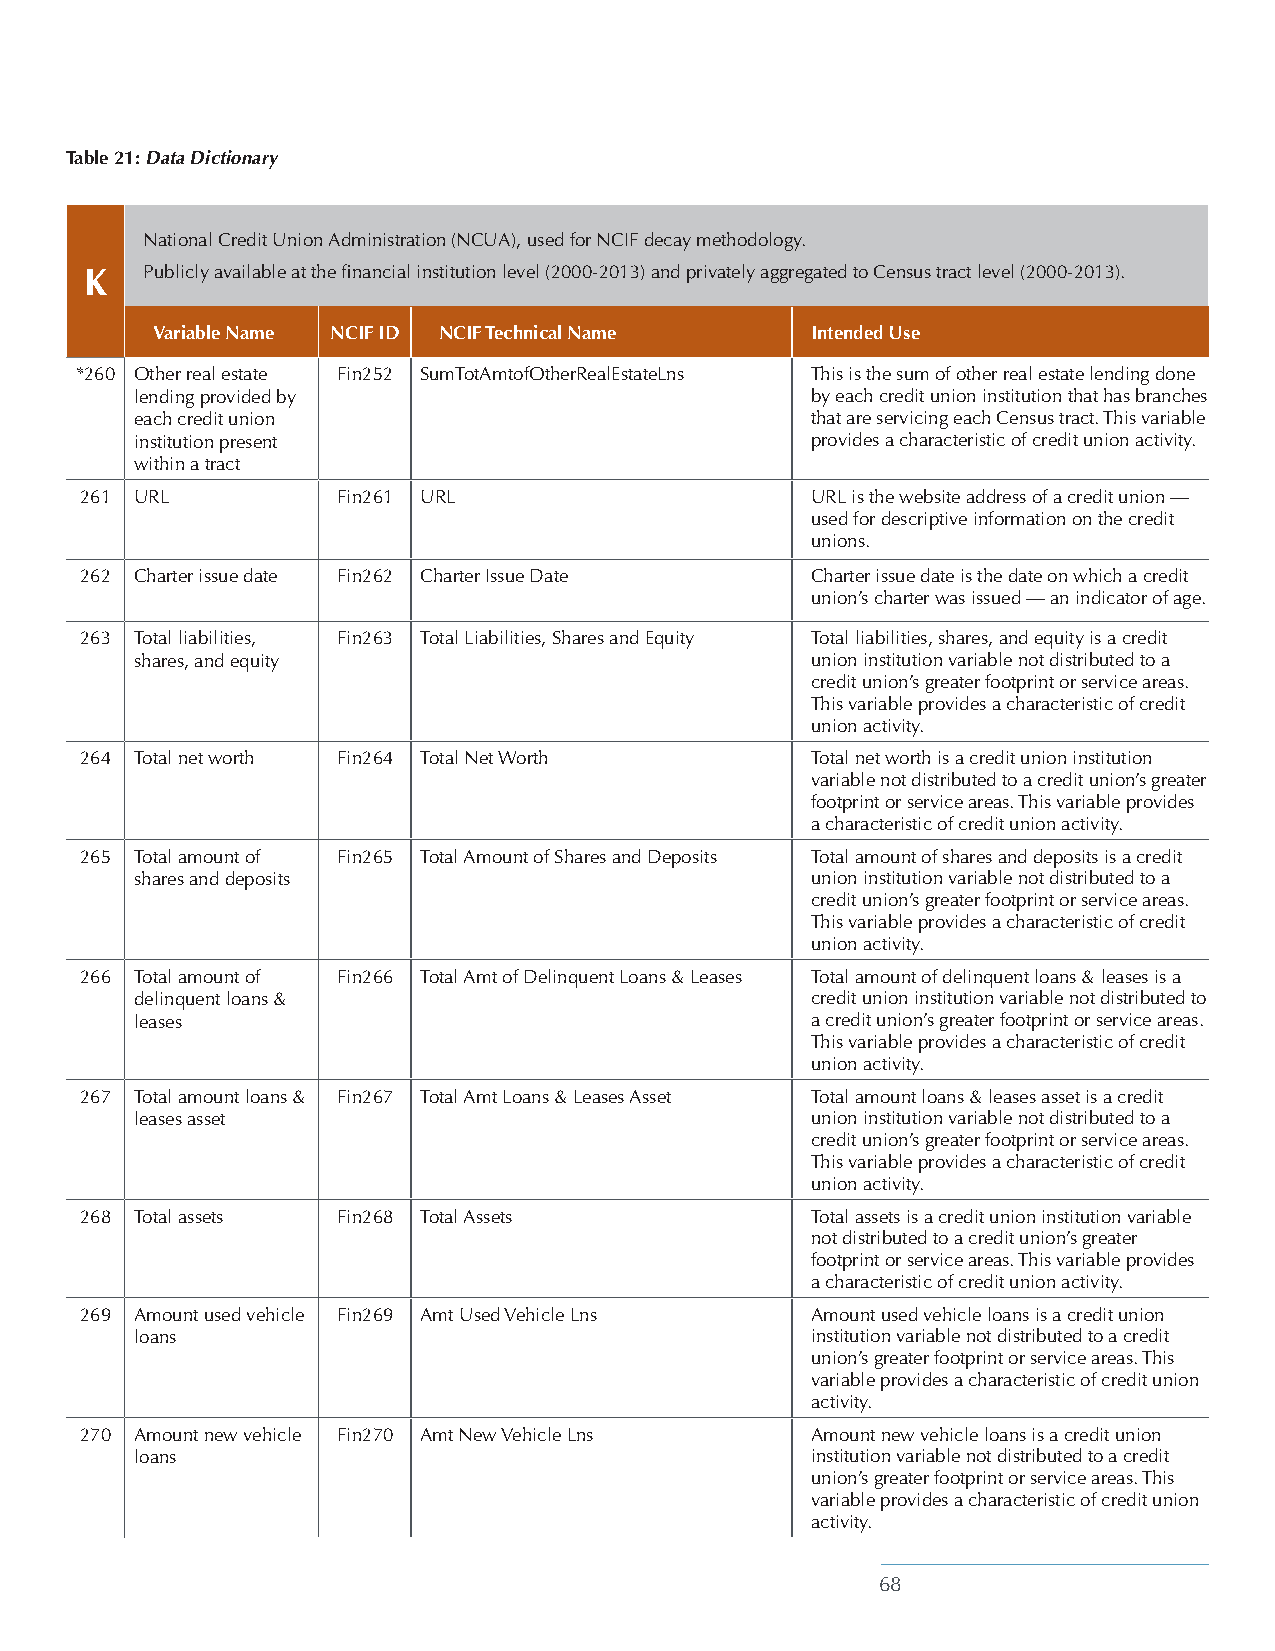
Table 21: Data Dictionary
 National Credit Union Administration (NCUA), used for NCIF decay methodology.
 K  Publicly available at the financial institution level (2000-2013) and privately aggregated to Census tract level (2000-2013).
 Variable Name NCIF ID NCIF Technical Name   Intended Use
 *260 Other real estate Fin252 SumTotAmtofOtherRealEstateLns This is the sum of other real estate lending done
 lending provided by                          by each credit union institution that has branches
 each credit union                            that are servicing each Census tract. This variable
 institution present                          provides a characteristic of credit union activity.
 within a tract
 261 URL          Fin261 URL                      URL is the website address of a credit union —
 used for descriptive information on the credit
 unions.
 262 Charter issue date Fin262 Charter Issue Date Charter issue date is the date on which a credit
 union’s charter was issued — an indicator of age.
 263 Total liabilities, Fin263 Total Liabilities, Shares and Equity Total liabilities, shares, and equity is a credit
 shares, and equity                           union institution variable not distributed to a
 credit union’s greater footprint or service areas.
 This variable provides a characteristic of credit
 union activity.
 264 Total net worth Fin264 Total Net Worth       Total net worth is a credit union institution
 variable not distributed to a credit union’s greater
 footprint or service areas. This variable provides
 a characteristic of credit union activity.
 265 Total amount of Fin265 Total Amount of Shares and Deposits Total amount of shares and deposits is a credit
 shares and deposits                          union institution variable not distributed to a
 credit union’s greater footprint or service areas.
 This variable provides a characteristic of credit
 union activity.
 266 Total amount of Fin266 Total Amt of Delinquent Loans & Leases Total amount of delinquent loans & leases is a
 delinquent loans &                           credit union institution variable not distributed to
 leases                                       a credit union’s greater footprint or service areas.
 This variable provides a characteristic of credit
 union activity.
 267 Total amount loans & Fin267 Total Amt Loans & Leases Asset Total amount loans & leases asset is a credit
 leases asset                                 union institution variable not distributed to a
 credit union’s greater footprint or service areas.
 This variable provides a characteristic of credit
 union activity.
 268 Total assets Fin268 Total Assets             Total assets is a credit union institution variable
 not distributed to a credit union’s greater
 footprint or service areas. This variable provides
 a characteristic of credit union activity.
 269 Amount used vehicle Fin269 Amt Used Vehicle Lns Amount used vehicle loans is a credit union
 loans                                        institution variable not distributed to a credit
 union’s greater footprint or service areas. This
 variable provides a characteristic of credit union
 activity.
 270 Amount new vehicle Fin270 Amt New Vehicle Lns Amount new vehicle loans is a credit union
 loans                                        institution variable not distributed to a credit
 union’s greater footprint or service areas. This
 variable provides a characteristic of credit union
 activity.
 68